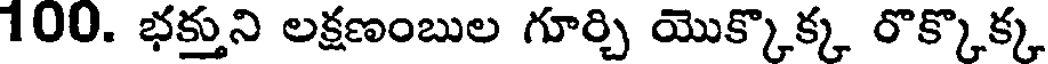
100. భక్తుని లక్షణంబుల గూర్చి యొక్కొక్క రొక్కొక్క